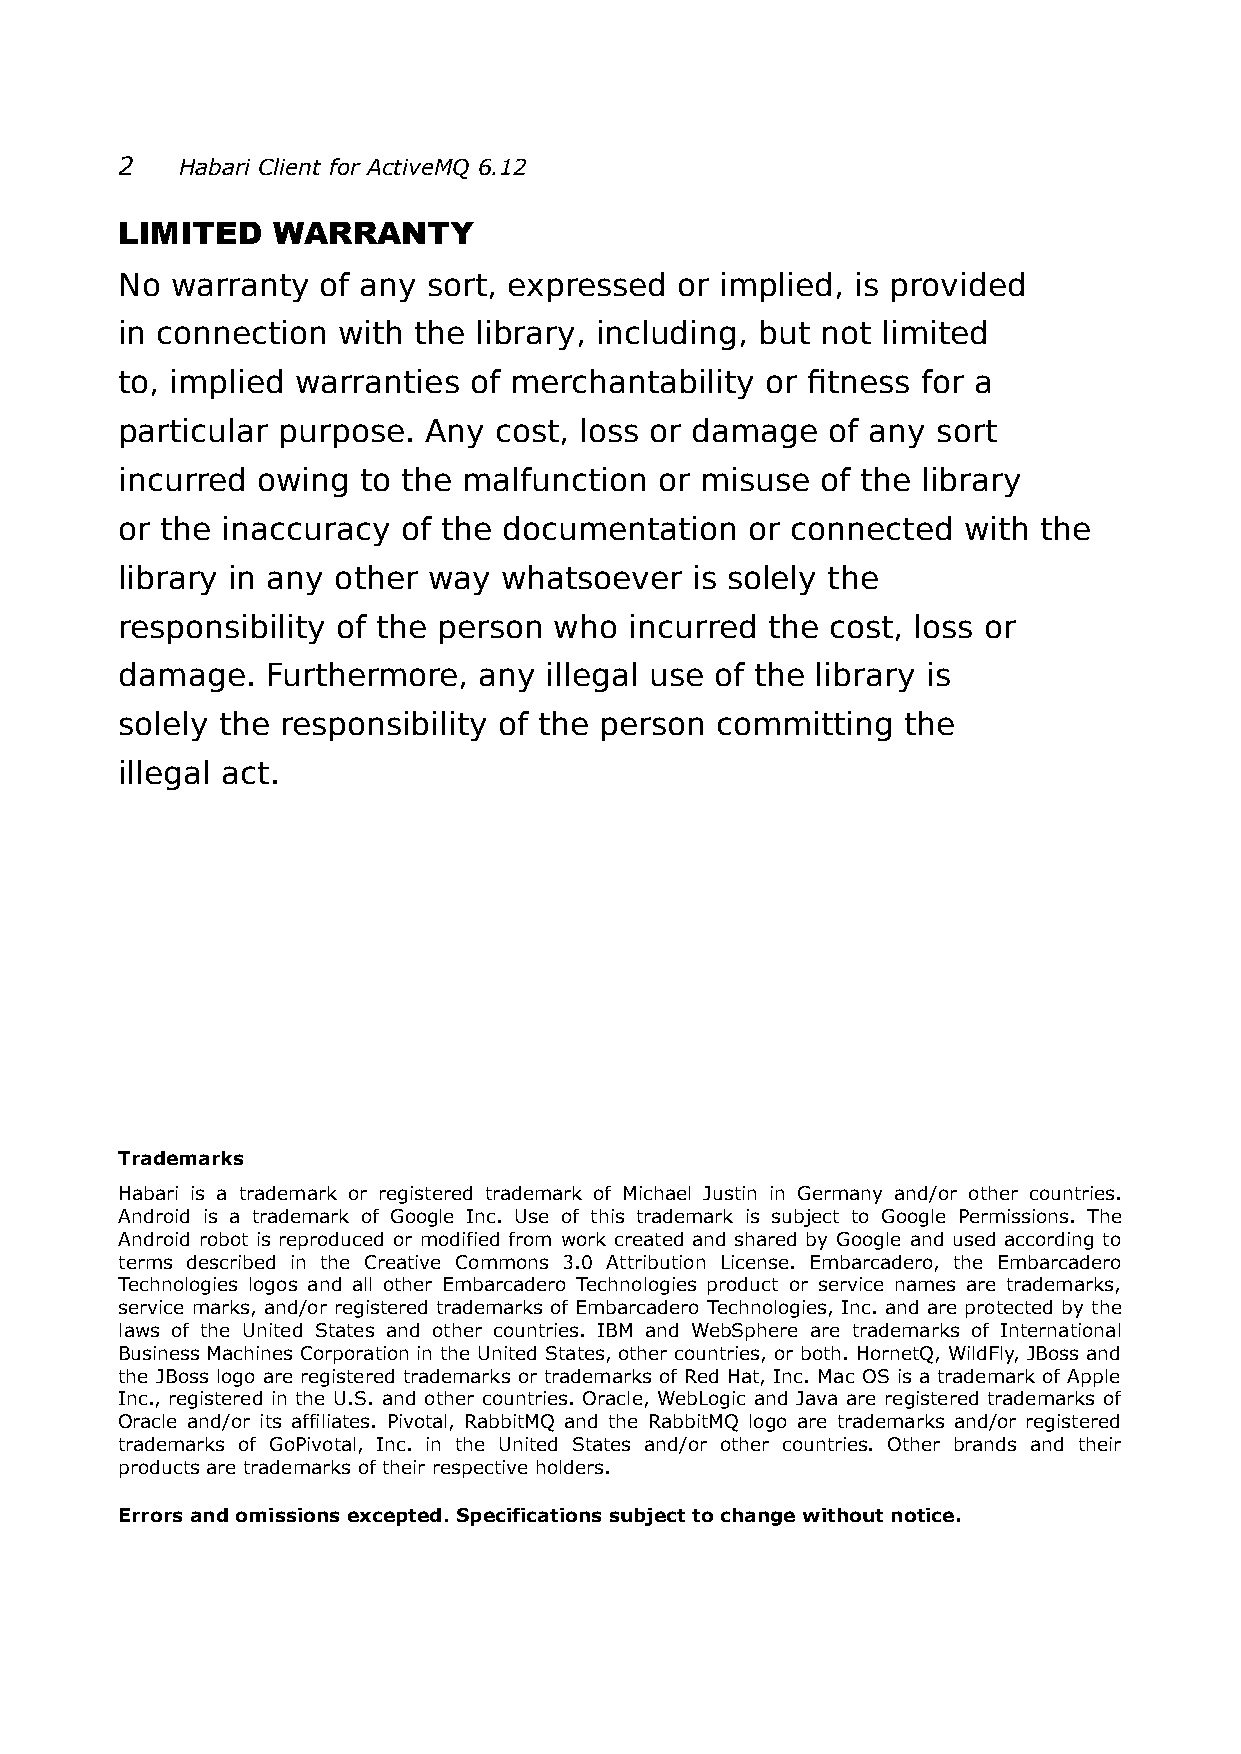
2   Habari Client for ActiveMQ 6.12
 LIMITED   WARRANTY
 No warranty  of any sort, expressed  or implied, is provided
 in connection with the  library, including, but not limited
 to, implied warranties of merchantability  or fitness for a
 particular purpose. Any  cost, loss or damage  of any sort
 incurred owing  to the malfunction  or misuse of the library
 or the inaccuracy  of the documentation   or connected  with the
 library in any other way whatsoever   is solely the
 responsibility of the person who  incurred the cost, loss or
 damage.   Furthermore,  any illegal use of the library is
 solely the responsibility of the person committing  the
 illegal act.
 Trademarks
 Habari is a trademark or registered trademark of Michael Justin in Germany and/or other countries.
 Android is a trademark of Google Inc. Use of this trademark is subject to Google Permissions. The
 Android robot is reproduced or modified from work created and shared by Google and used according to
 terms described in the Creative Commons 3.0 Attribution License. Embarcadero, the Embarcadero
 Technologies logos and all other Embarcadero Technologies product or service names are trademarks,
 service marks, and/or registered trademarks of Embarcadero Technologies, Inc. and are protected by the
 laws of the United States and other countries. IBM and WebSphere are trademarks of International
 Business Machines Corporation in the United States, other countries, or both. HornetQ, WildFly, JBoss and
 the JBoss logo are registered trademarks or trademarks of Red Hat, Inc. Mac OS is a trademark of Apple
 Inc., registered in the U.S. and other countries. Oracle, WebLogic and Java are registered trademarks of
 Oracle and/or its affiliates. Pivotal, RabbitMQ and the RabbitMQ logo are trademarks and/or registered
 trademarks of GoPivotal, Inc. in the United States and/or other countries. Other brands and their
 products are trademarks of their respective holders.
 Errors and omissions excepted. Specifications subject to change without notice.